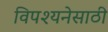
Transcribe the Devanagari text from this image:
विपश्यनेसाठी